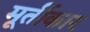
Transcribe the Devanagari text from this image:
मूर्तीकार